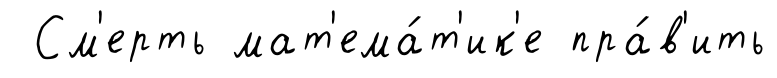
См'ерть мат'ема́т'ик'е пра́в'ить